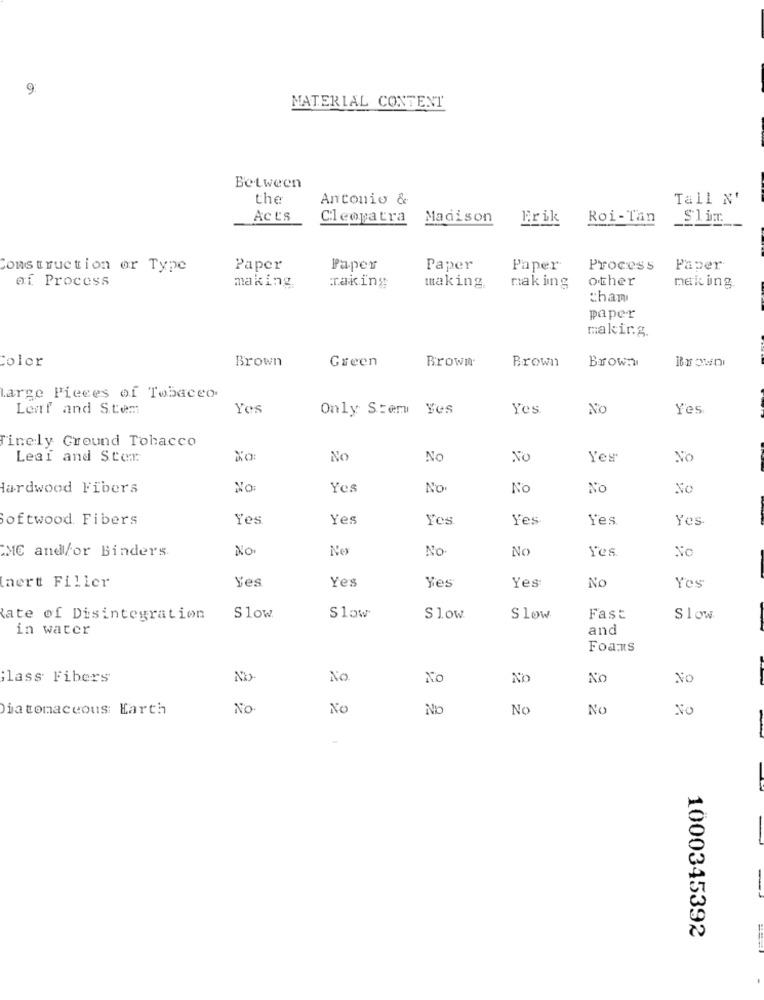
9:
MATERIAL CONTENT
Between
the
Antonio &
Tall N'
Acts
Cleopatra
Madison
Erik
Roi-Tan
Slim
Construction or Type
Paper
Paper
Paper
Paper
Process
Paper
other
of Process
making.
Taking
making.
making
nek ing.
cham
paper
makir.g.
Color
Brown
Green
Brown
Brown
Brow:
Large Pieces of Tobacco
Leaf and S.tem
Yes
Only Stem Yes
Yes.
No
Yes
inely Ground Tobacco
Leai and Stor.
XO:
No
No
No
Yes
No
Hardwood Fibers
No
Yes
No
No
No
No
Softwood Fibers
Yes
Yes
Yes
Yes
Yes
Yes
ME and/or Binders.
NO
Ne
No
No
Yes
No
Yes
Yes
Yes:
No
mert Filler
Yes
Yes
Rate of Disintegration
Slow
Slow
Slow
S low
Fast
Slow
in water
and
Foaus
lass Fibers
NO
No
No
iatomaceous Earth
No
Nc
No
No
No
No
1000345392